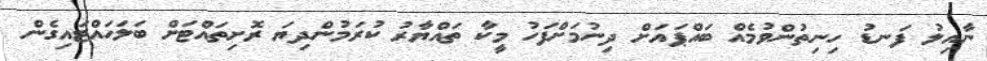
ނާއިލު ފަނޑު ހިނިތުންވުމެއް ބައްޕައަށް ދިނުމަށްފަހު މީކާ ތައްޔާރު ކުރަމުންދިޔަ ރޮށިތައްޓަށް ބަލަހައްޓައިގެން